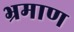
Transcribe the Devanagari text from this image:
भ्रमाण